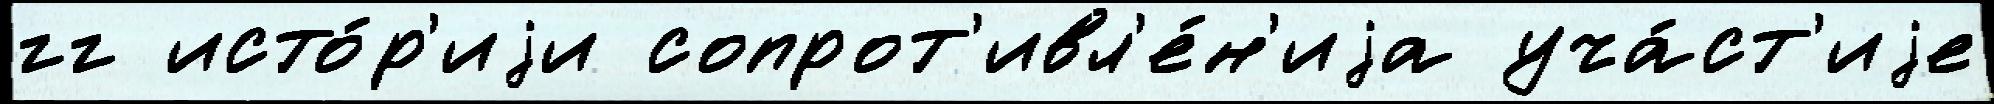
гг исто́р'иjи сопрот'ивл'е́н'иjа уча́ст'иjе